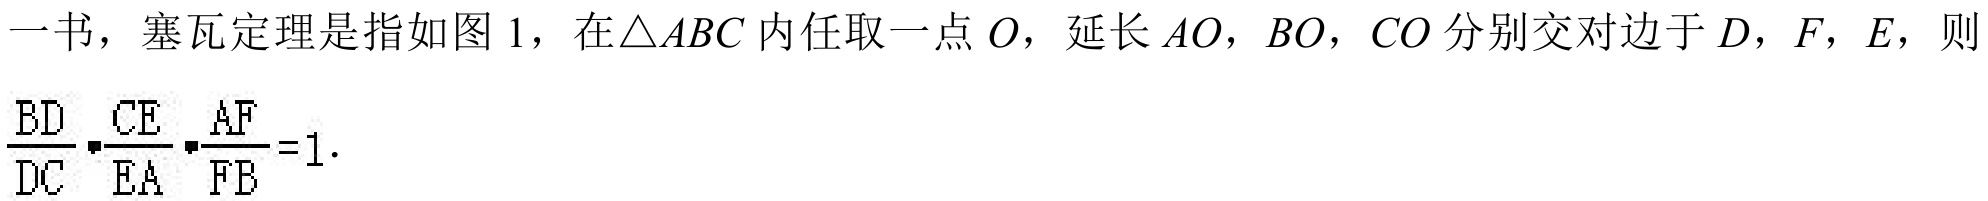
一书，塞瓦定理是指如图 1，在\(\triangle ABC\)内任取一点 \(O\)，延长 \(AO\)，\(BO\)，\(CO\) 分别交对边于 \(D\)，\(F\)，\(E\)，则\(\frac{BD}{DC}\cdot\frac{CE}{EA}\cdot\frac{AF}{FB}=1\)．